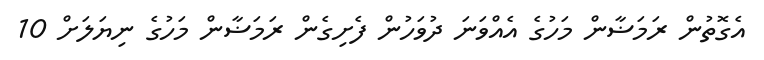
އެގޮތުން ރަމަޟާން މަހުގެ އެއްވަނަ ދުވަހުން ފެށިގެން ރަމަޟާން މަހުގެ ނިޔަލަށް 10